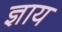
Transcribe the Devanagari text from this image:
ज्ञाय